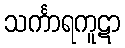
သင်္ကာရကူဋာ